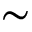
\sim